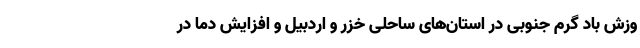
وزش باد گرم جنوبی در استان‌های ساحلی خزر و اردبیل و افزایش دما در